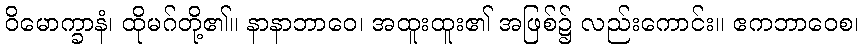
ဝိမောက္ခာနံ၊ ထိုမဂ်တို့၏။ နာနာဘာဝေ၊ အထူးထူး၏ အဖြစ်၌ လည်းကောင်း။ ဧကဘာဝေစ၊